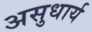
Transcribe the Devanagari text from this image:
असुधार्य